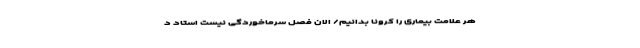
هر علامت بیماری را کرونا بدانیم/ الان فصل سرماخوردگی نیست استاد د